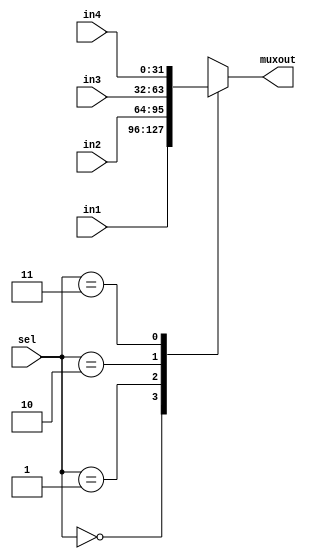
module mux4to1_32bits(input [31:0] in1, input [31:0] in2, input [31:0] in3,input [31:0] in4, input [1:0] sel, output reg [31:0] muxout);
	 always@(in1 or in2 or in3 or in4 or sel)
	 begin
		case(sel)
			2'b00 : muxout = in1;
			2'b01 : muxout = in2;
			2'b10 : muxout = in3;
			2'b11 : muxout = in4;
		endcase
	 end
endmodule